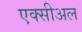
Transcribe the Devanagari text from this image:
एक्सीअल